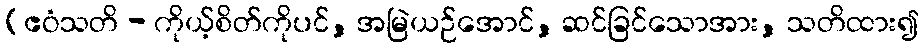
(ဧဝံသတိ - ကိုယ့်စိတ်ကိုပင်, အမြဲယဉ်အောင်, ဆင်ခြင်သောအား, သတိထား၍